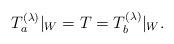
LaTeX: \begin{align*}T^{(\lambda)}_a|_W = T = T^{(\lambda)}_b|_W.\end{align*}